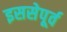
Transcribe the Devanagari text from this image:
इससेपूर्व